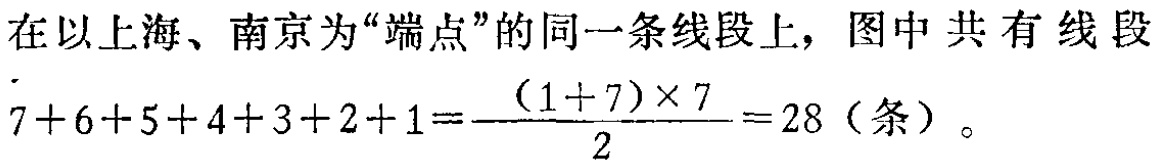
在以上海、南京为“端点”的同一条线段上，图中共有线段

\(7 + 6 + 5 + 4 + 3 + 2 + 1=\frac{(1 + 7)\times 7}{2}=28\)（条）。